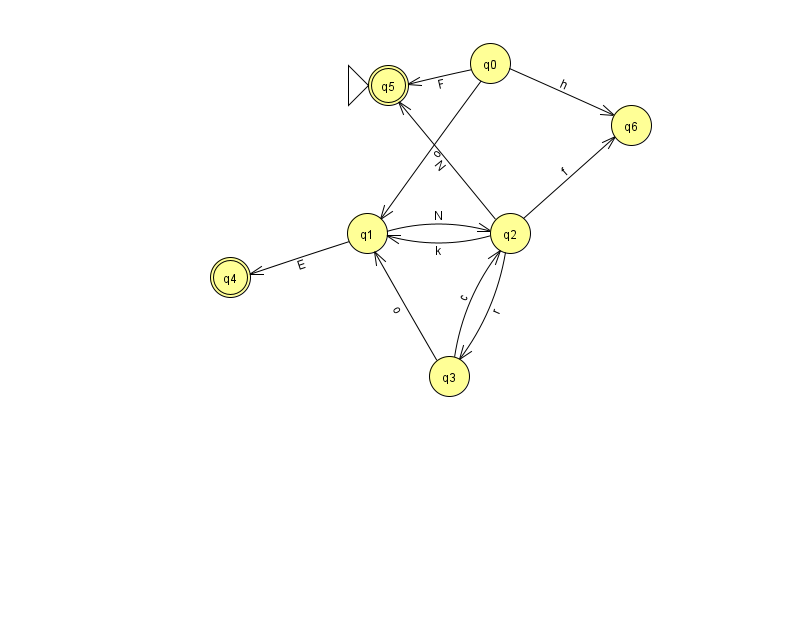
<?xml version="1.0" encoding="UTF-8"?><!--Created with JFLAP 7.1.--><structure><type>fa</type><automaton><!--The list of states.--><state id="0" name="q0"><x>490.0</x><y>50.0</y></state><state id="1" name="q1"><x>367.0</x><y>220.0</y></state><state id="2" name="q2"><x>510.0</x><y>220.0</y></state><state id="3" name="q3"><x>449.0</x><y>363.0</y></state><state id="4" name="q4"><x>230.0</x><y>264.0</y><final/></state><state id="5" name="q5"><x>388.0</x><y>72.0</y><initial/><final/></state><state id="6" name="q6"><x>631.0</x><y>112.0</y></state><!--The list of transitions.--><transition><from>0</from><to>5</to><read>F</read></transition><transition><from>1</from><to>4</to><read>E</read></transition><transition><from>2</from><to>1</to><read>k</read></transition><transition><from>3</from><to>1</to><read>o</read></transition><transition><from>0</from><to>6</to><read>h</read></transition><transition><from>2</from><to>3</to><read>r</read></transition><transition><from>0</from><to>1</to><read>o</read></transition><transition><from>1</from><to>2</to><read>N</read></transition><transition><from>3</from><to>2</to><read>c</read></transition><transition><from>2</from><to>5</to><read>N</read></transition><transition><from>2</from><to>6</to><read>f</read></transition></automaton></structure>